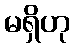
မရှိဟု